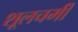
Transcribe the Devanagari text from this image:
शूलचर्मी